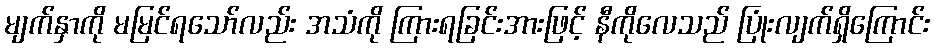
မျက်နှာကို မမြင်ရသော်လည်း အသံကို ကြားရခြင်းအားဖြင့် နီကိုလေသည် ပြုံးလျက်ရှိကြောင်း